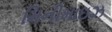
મિનીમાઇઝ